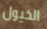
الخيول